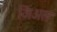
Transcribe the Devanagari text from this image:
जिअल